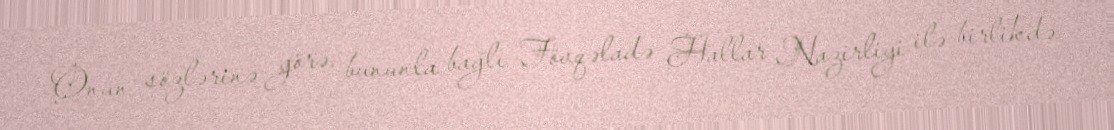
Onun sözlərinə görə, bununla bağlı Fövqəladə Hallar Nazirliyi ilə birlikdə